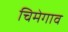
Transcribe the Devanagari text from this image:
चिमेगाव